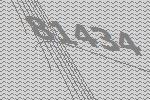
81434